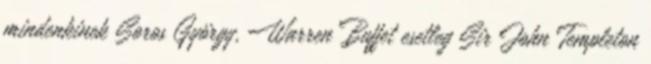
mindenkinek Soros György, Warren Buffet esetleg Sir John Templeton